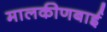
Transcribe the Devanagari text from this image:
मालकीणबाई